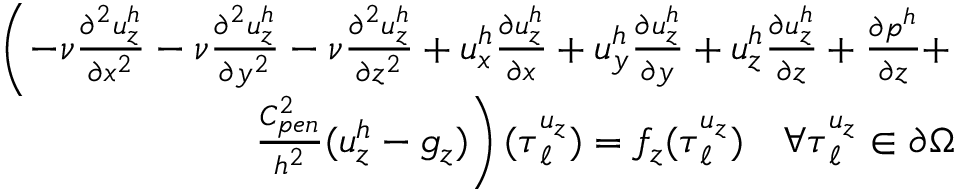
\begin{array} { r } { \left( - \nu \frac { \partial ^ { 2 } u _ { z } ^ { h } } { \partial x ^ { 2 } } - \nu \frac { \partial ^ { 2 } u _ { z } ^ { h } } { \partial y ^ { 2 } } - \nu \frac { \partial ^ { 2 } u _ { z } ^ { h } } { \partial z ^ { 2 } } + u _ { x } ^ { h } \frac { \partial u _ { z } ^ { h } } { \partial x } + u _ { y } ^ { h } \frac { \partial u _ { z } ^ { h } } { \partial y } + u _ { z } ^ { h } \frac { \partial u _ { z } ^ { h } } { \partial z } + \frac { \partial p ^ { h } } { \partial z } + \right. } \\ { \left. \frac { C _ { p e n } ^ { 2 } } { h ^ { 2 } } ( u _ { z } ^ { h } - g _ { z } ) \right) ( \boldsymbol { \tau } _ { \ell } ^ { u _ { z } } ) = f _ { z } ( \boldsymbol { \tau } _ { \ell } ^ { u _ { z } } ) \quad \forall \boldsymbol { \tau } _ { \ell } ^ { u _ { z } } \in \partial \Omega } \end{array}